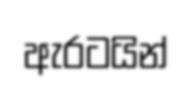
ඇරටයින්